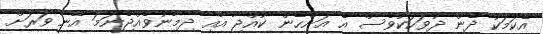
އެކަމަކު ދެން ދުވަހަކުވެސް އެ އަންހެން ކުއްޖާ އާއި ދިމާނުވެއްޖެނަމަ އޭނާ ވަރަށް